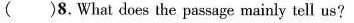
( )8.What does the passage mainly tell us?